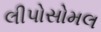
લીપોસોમલ